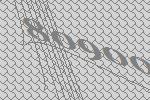
80900